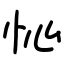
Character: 㤈